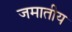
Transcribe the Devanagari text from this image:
जमातीय